Indian journal of veterinary science and animal husbandry - Volume 2,
Year: 1932
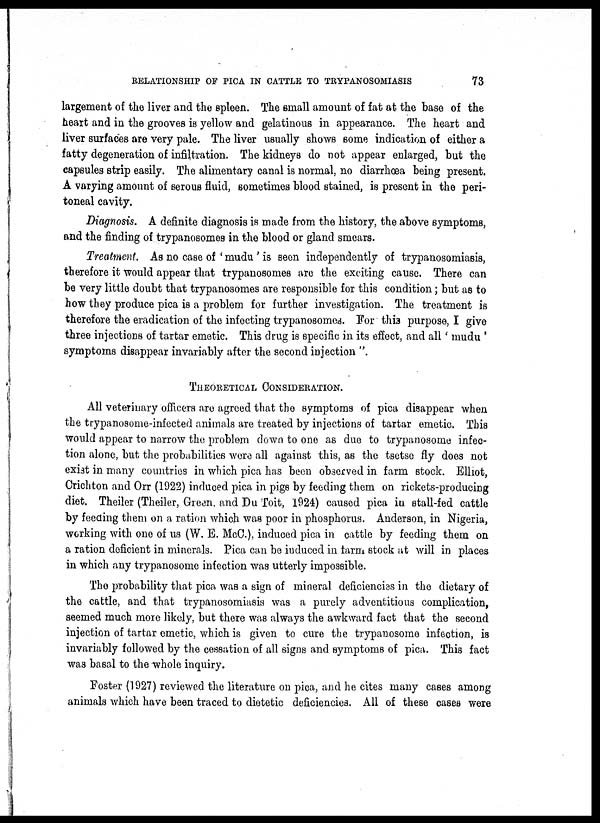
RELATIONSHIP OF PICA IN CATTLE TO TRYPANOSOMIASIS
73
largement of the liver and the spleen. The small amount of fat at the base of the
heart and in the grooves is yellow and gelatinous in appearance. The heart and
liver surfaces are very pale. The liver usually shows some indication of either a
fatty degeneration of infiltration. The kidneys do not appear enlarged, but the
capsules strip easily. The alimentary canal is normal, no diarrhœa being present.
A varying amount of serous fluid, sometimes blood stained, is present in the peri-
toneal cavity.
Diagnosis. A definite diagnosis is made from the history, the above symptoms,
and the finding of trypanosomes in the blood or gland smears.
Treatment. As no case of 'mudu ' is seen independently of trypanosomiasis,
therefore it would appear that trypanosomes are the exciting cause. There can
be very little doubt that trypanosomes are responsible for this condition; but as to
how they produce pica is a problem for further investigation. The treatment is
therefore the eradication of the infecting trypanosomes. For this purpose, I give
three injections of tartar emetic. This drug is specific in its effect, and all ' mudu '
symptoms disappear invariably after the second injection ".
THEORETICAL CONSIDERATION.
All veterinary officers are agreed that the symptoms of pica disappear when
the trypanosome-infected animals are treated by injections of tartar emetic. This
would appear to narrow the problem down to one as due to trypanosome infec-
tion alone, but the probabilities were all against this, as the tsetse fly does not
exist in many countries in which pica has been observed in farm stock. Elliot,
Crichton and Orr (1922) induced pica in pigs by feeding them on rickets-producing
diet. Theiler (Theiler, Green, and Du Toit, 1924) caused pica in stall-fed cattle
by feeding them on a ration which was poor in phosphorus. Anderson, in Nigeria,
working with one of us (W. E. McC.), induced pica in cattle by feeding them on
a ration deficient in minerals. Pica can be induced in farm stock at will in places
in which any trypanosome infection was utterly impossible.
The probability that pica was a sign of mineral deficiencies in the dietary of
the cattle, and that trypanosomiasis was a purely adventitious complication,
seemed much more likely, but there was always the awkward fact that the second
injection of tartar emetic, which is given to cure the trypanosome infection, is
invariably followed by the cessation of all signs and symptoms of pica. This fact
was basal to the whole inquiry.
Foster (1927) reviewed the literature on pica, and he cites many cases among
animals which have been traced to dietetic deficiencies. All of these cases were